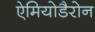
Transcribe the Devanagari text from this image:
ऐमियोडैरोन